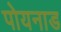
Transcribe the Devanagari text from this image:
पोयनाड